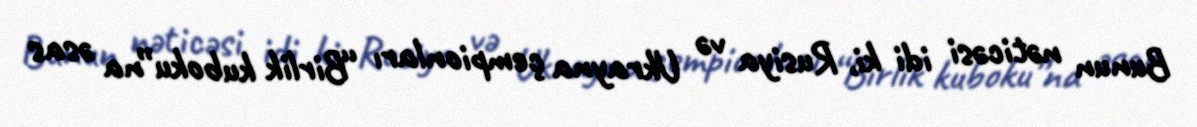
Bunun nəticəsi idi ki, Rusiya və Ukrayna çempionları “Birlik kuboku”na əsas